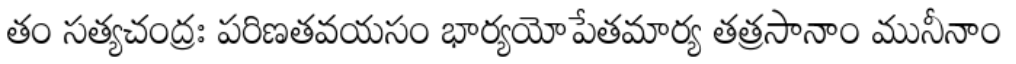
తం సత్యచంద్రః పరిణతవయసం భార్యయోపేతమార్య తత్రసానాం మునీనాం